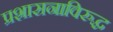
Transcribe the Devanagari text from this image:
प्रशासनाविरुद्ध